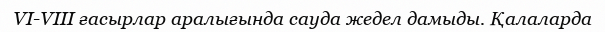
VI-VIII ғасырлар аралығында сауда жедел дамыды. Қалаларда